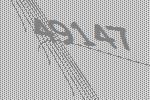
49147